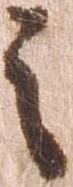
之